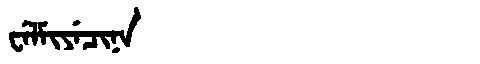
Manchu: ᠸᡝᠯᠮᡳᠶᡝᠴᡳᠨᠠ
Romanization: WELMIYECINA